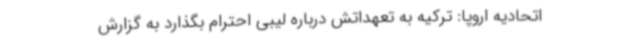
اتحادیه اروپا: ترکیه به تعهداتش درباره لیبی احترام بگذارد به گزارش